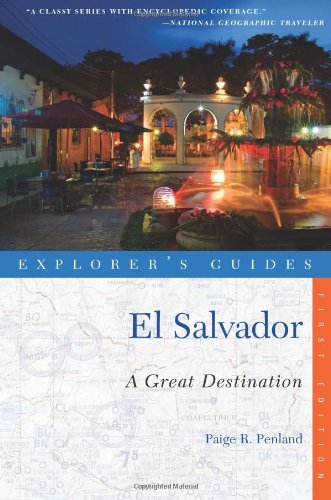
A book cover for Explorer's Guide El Salvador: A Great Destination (Explorer's Great Destinations); Paige R. Penland; Travel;